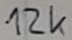
Text: 12k